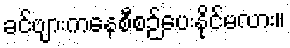
ခင်ဗျားကနေစီစဉ်ပေးနိုင်မလား။